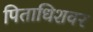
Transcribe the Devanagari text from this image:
पिताधिशवर